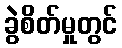
ခွဲစိတ်မှုတွင်